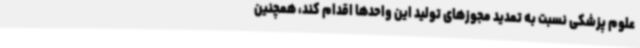
علوم پزشکی نسبت به تمدید مجوزهای تولید این واحدها اقدام کند، همچنین